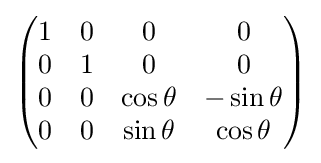
{\begin{pmatrix}1&0&0&0\\0&1&0&0\\0&0&\cos \theta &-\sin \theta \\0&0&\sin \theta &\cos \theta \end{pmatrix}}